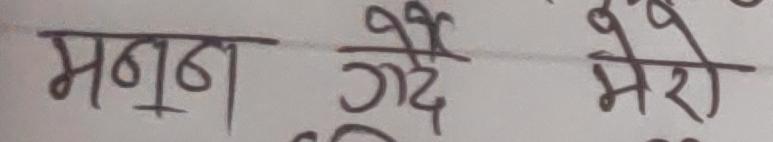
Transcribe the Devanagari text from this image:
मनन गर्दै मेरो